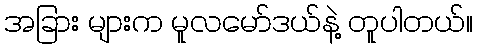
အခြား များက မူလမော်ဒယ်နဲ့ တူပါတယ်။